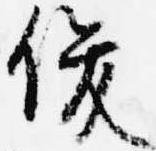
俊